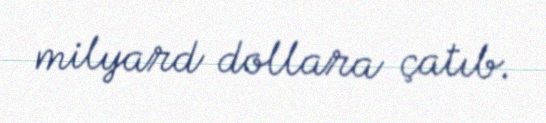
milyard dollara çatıb.